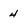
Character: 4